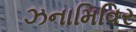
ઝનામિવિર